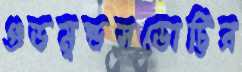
গুডমুন্ডসডোট্টির